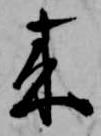
来